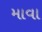
માવા